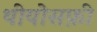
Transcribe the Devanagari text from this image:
थीयोसफ़ी